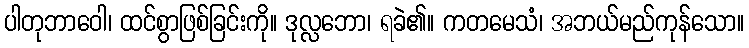
ပါတုဘာဝေါ၊ ထင်စွာဖြစ်ခြင်းကို။ ဒုလ္လဘော၊ ရခဲ၏။ ကတမေသံ၊ အဘယ်မည်ကုန်သော။